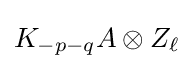
K_{-p-q}A\otimes Z_{\ell }